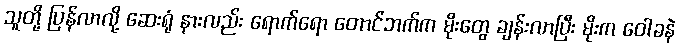
သူတို့ ပြန်လာလို့ ဆေးရုံ နားလည်း ရောက်ရော တောင်ဘက်က မိုးတွေ ချန်းလာပြီး မိုးက ဝေါခနဲ